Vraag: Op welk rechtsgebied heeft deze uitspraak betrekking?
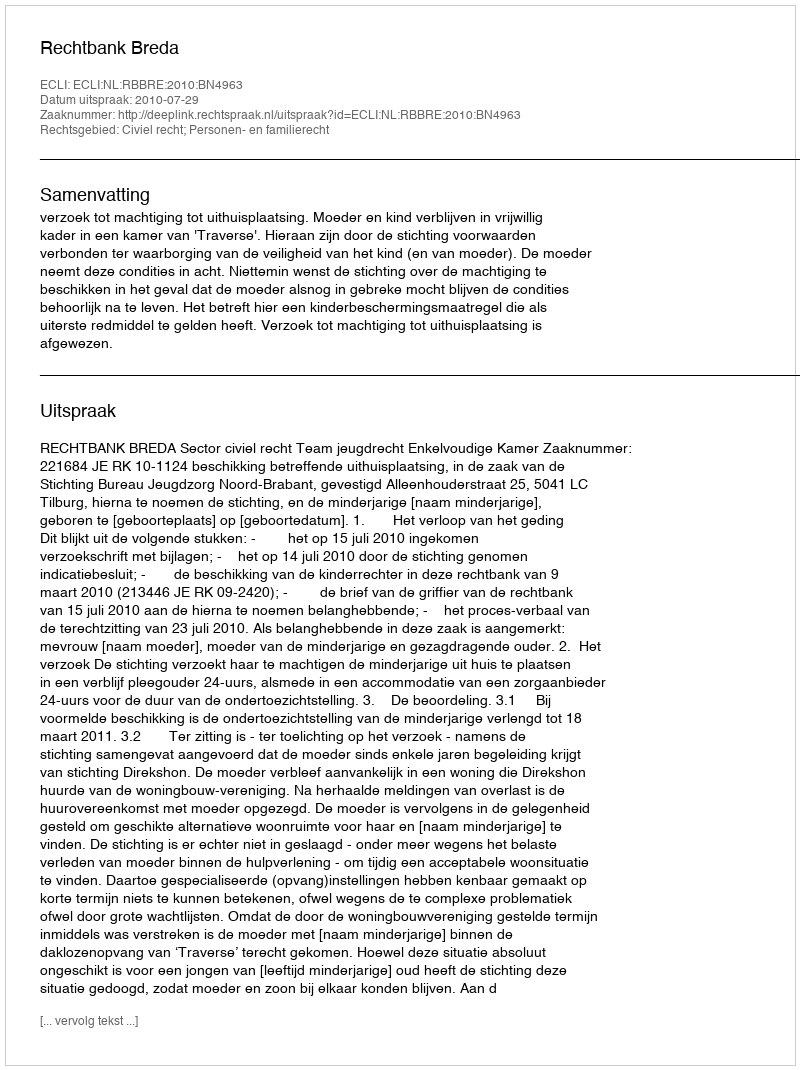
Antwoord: Civiel recht; Personen- en familierecht